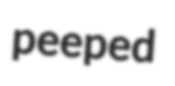
peeped